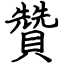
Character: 贊